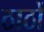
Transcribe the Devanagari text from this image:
ठाठों